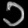
Digit: ၁